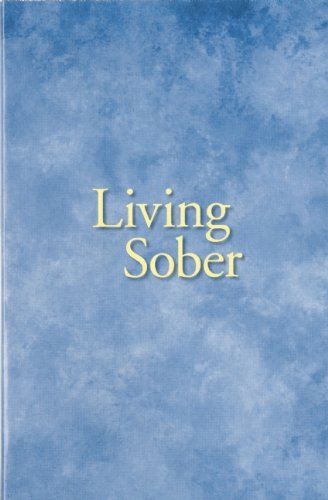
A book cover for Living Sober; Anonymous; Health, Fitness & Dieting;